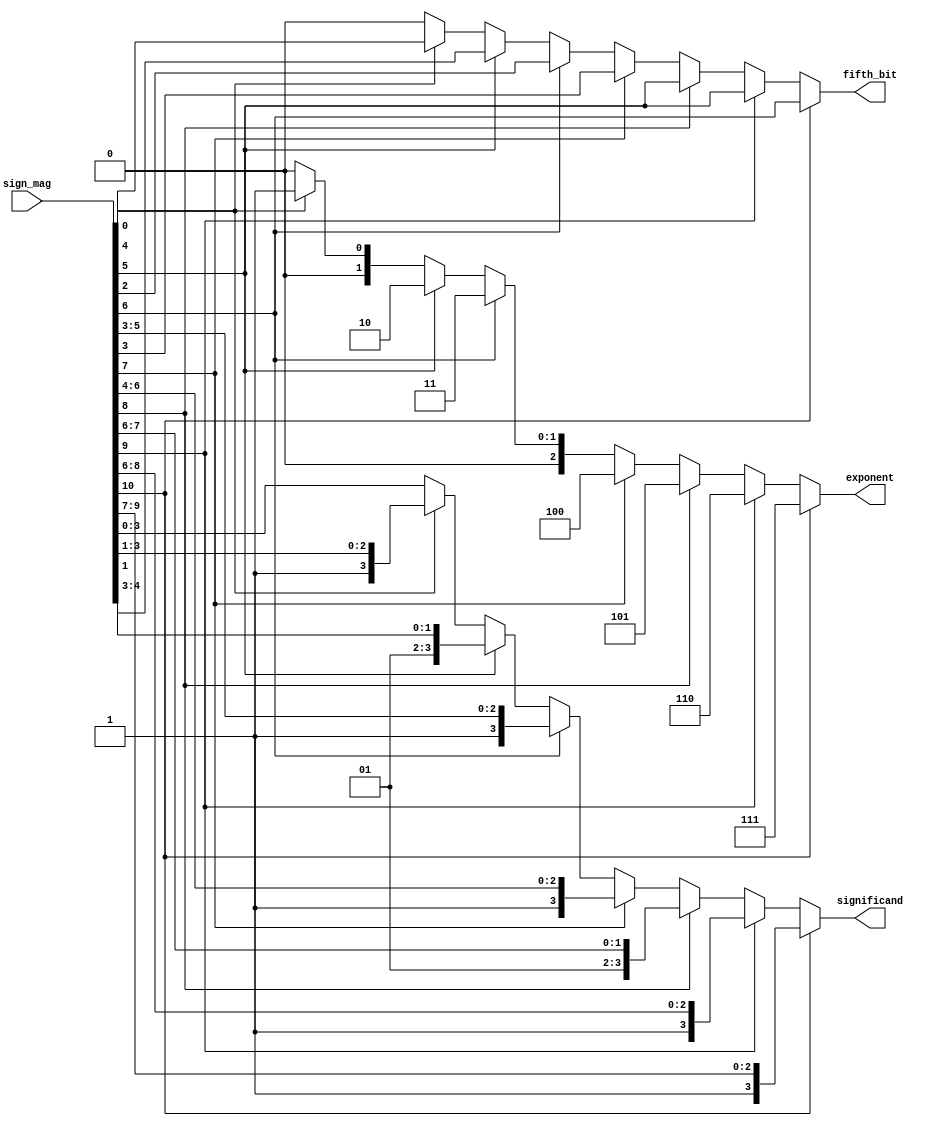
`timescale 1ns / 1ps
//////////////////////////////////////////////////////////////////////////////////
// Company: 
// Engineer: 
// 
// Design Name: 
// Module Name:    leadingZero 
// Project Name: 
// Target Devices: 
// Tool versions: 
// Description: 
//
// Dependencies: 
//
// Revision: 
// Revision 0.01 - File Created
// Additional Comments: 
//
//////////////////////////////////////////////////////////////////////////////////
module basicSToF(input [11:0] sign_mag,
						output reg[3:0] significand,
						output reg[2:0] exponent,
						output reg fifth_bit);
	always @(*) begin
		if(sign_mag[10] == 1) begin
			exponent = 7;
			significand = sign_mag[10:7];
			fifth_bit = sign_mag[6];
		end
		else if(sign_mag[9] == 1) begin
			exponent = 6;
			significand = sign_mag[9:6];
			fifth_bit = sign_mag[5];
		end
		else if(sign_mag[8] == 1) begin
			exponent = 5;
			significand = sign_mag[9:6];
			fifth_bit = sign_mag[5];
		end
		else if(sign_mag[7] == 1) begin
			exponent = 4;
			significand = sign_mag[7:4];
			fifth_bit = sign_mag[3];
		end
		else if(sign_mag[6] == 1) begin
			exponent = 3;
			significand = sign_mag[6:3];
			fifth_bit = sign_mag[2];
		end
		else if(sign_mag[5] == 1) begin
			exponent = 2;
			significand = sign_mag[5:3];
			fifth_bit = sign_mag[1];
		end
		else if(sign_mag[4] == 1) begin
			exponent = 1;
			significand = sign_mag[4:1];
			fifth_bit = sign_mag[0];
		end
		else begin
			exponent = 0;
			significand = sign_mag[3:0];
			fifth_bit = 0;
		end
	end
endmodule